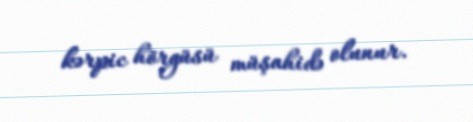
kərpic hörgüsü müşahidə olunur.